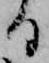
る